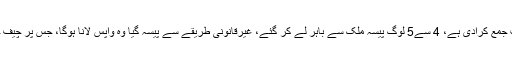
ڈی جی ایف آئی اے بشیرمیمن نے بتایا کہ 4221 پراپرٹیز کی نشاندہی کرکے رپورٹ جمع کرادی ہے، 4 سے5 لوگ پیسہ ملک سے باہر لے کر گئے، غیرقانونی طریقے سے پیسہ گیا وہ واپس لانا ہوگا، جس پر چیف جسٹس نے کہا کہ 1992 ایکٹ کے تحت پیسہ باہر گیا، ان کو بھی سامنے لانا چاہیے۔